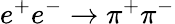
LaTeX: e^{+}e^{-}\to\pi^{+}\pi^{-}